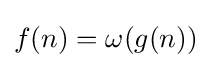
f(n)=\omega (g(n))